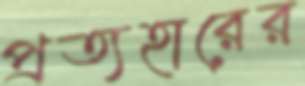
প্রত্যহারের